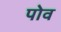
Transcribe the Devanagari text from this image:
पोव